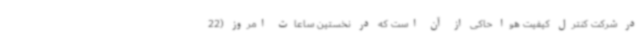
در شرکت کنترل کیفیت هوا حاکی از آن است که در نخستین ساعات امروز (22